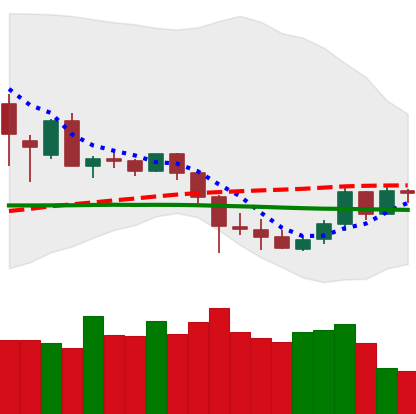
Ticker: DOGE-USD
Chart end date: 2020-03-06
Forward return: -12.5%
Label: down_7plus